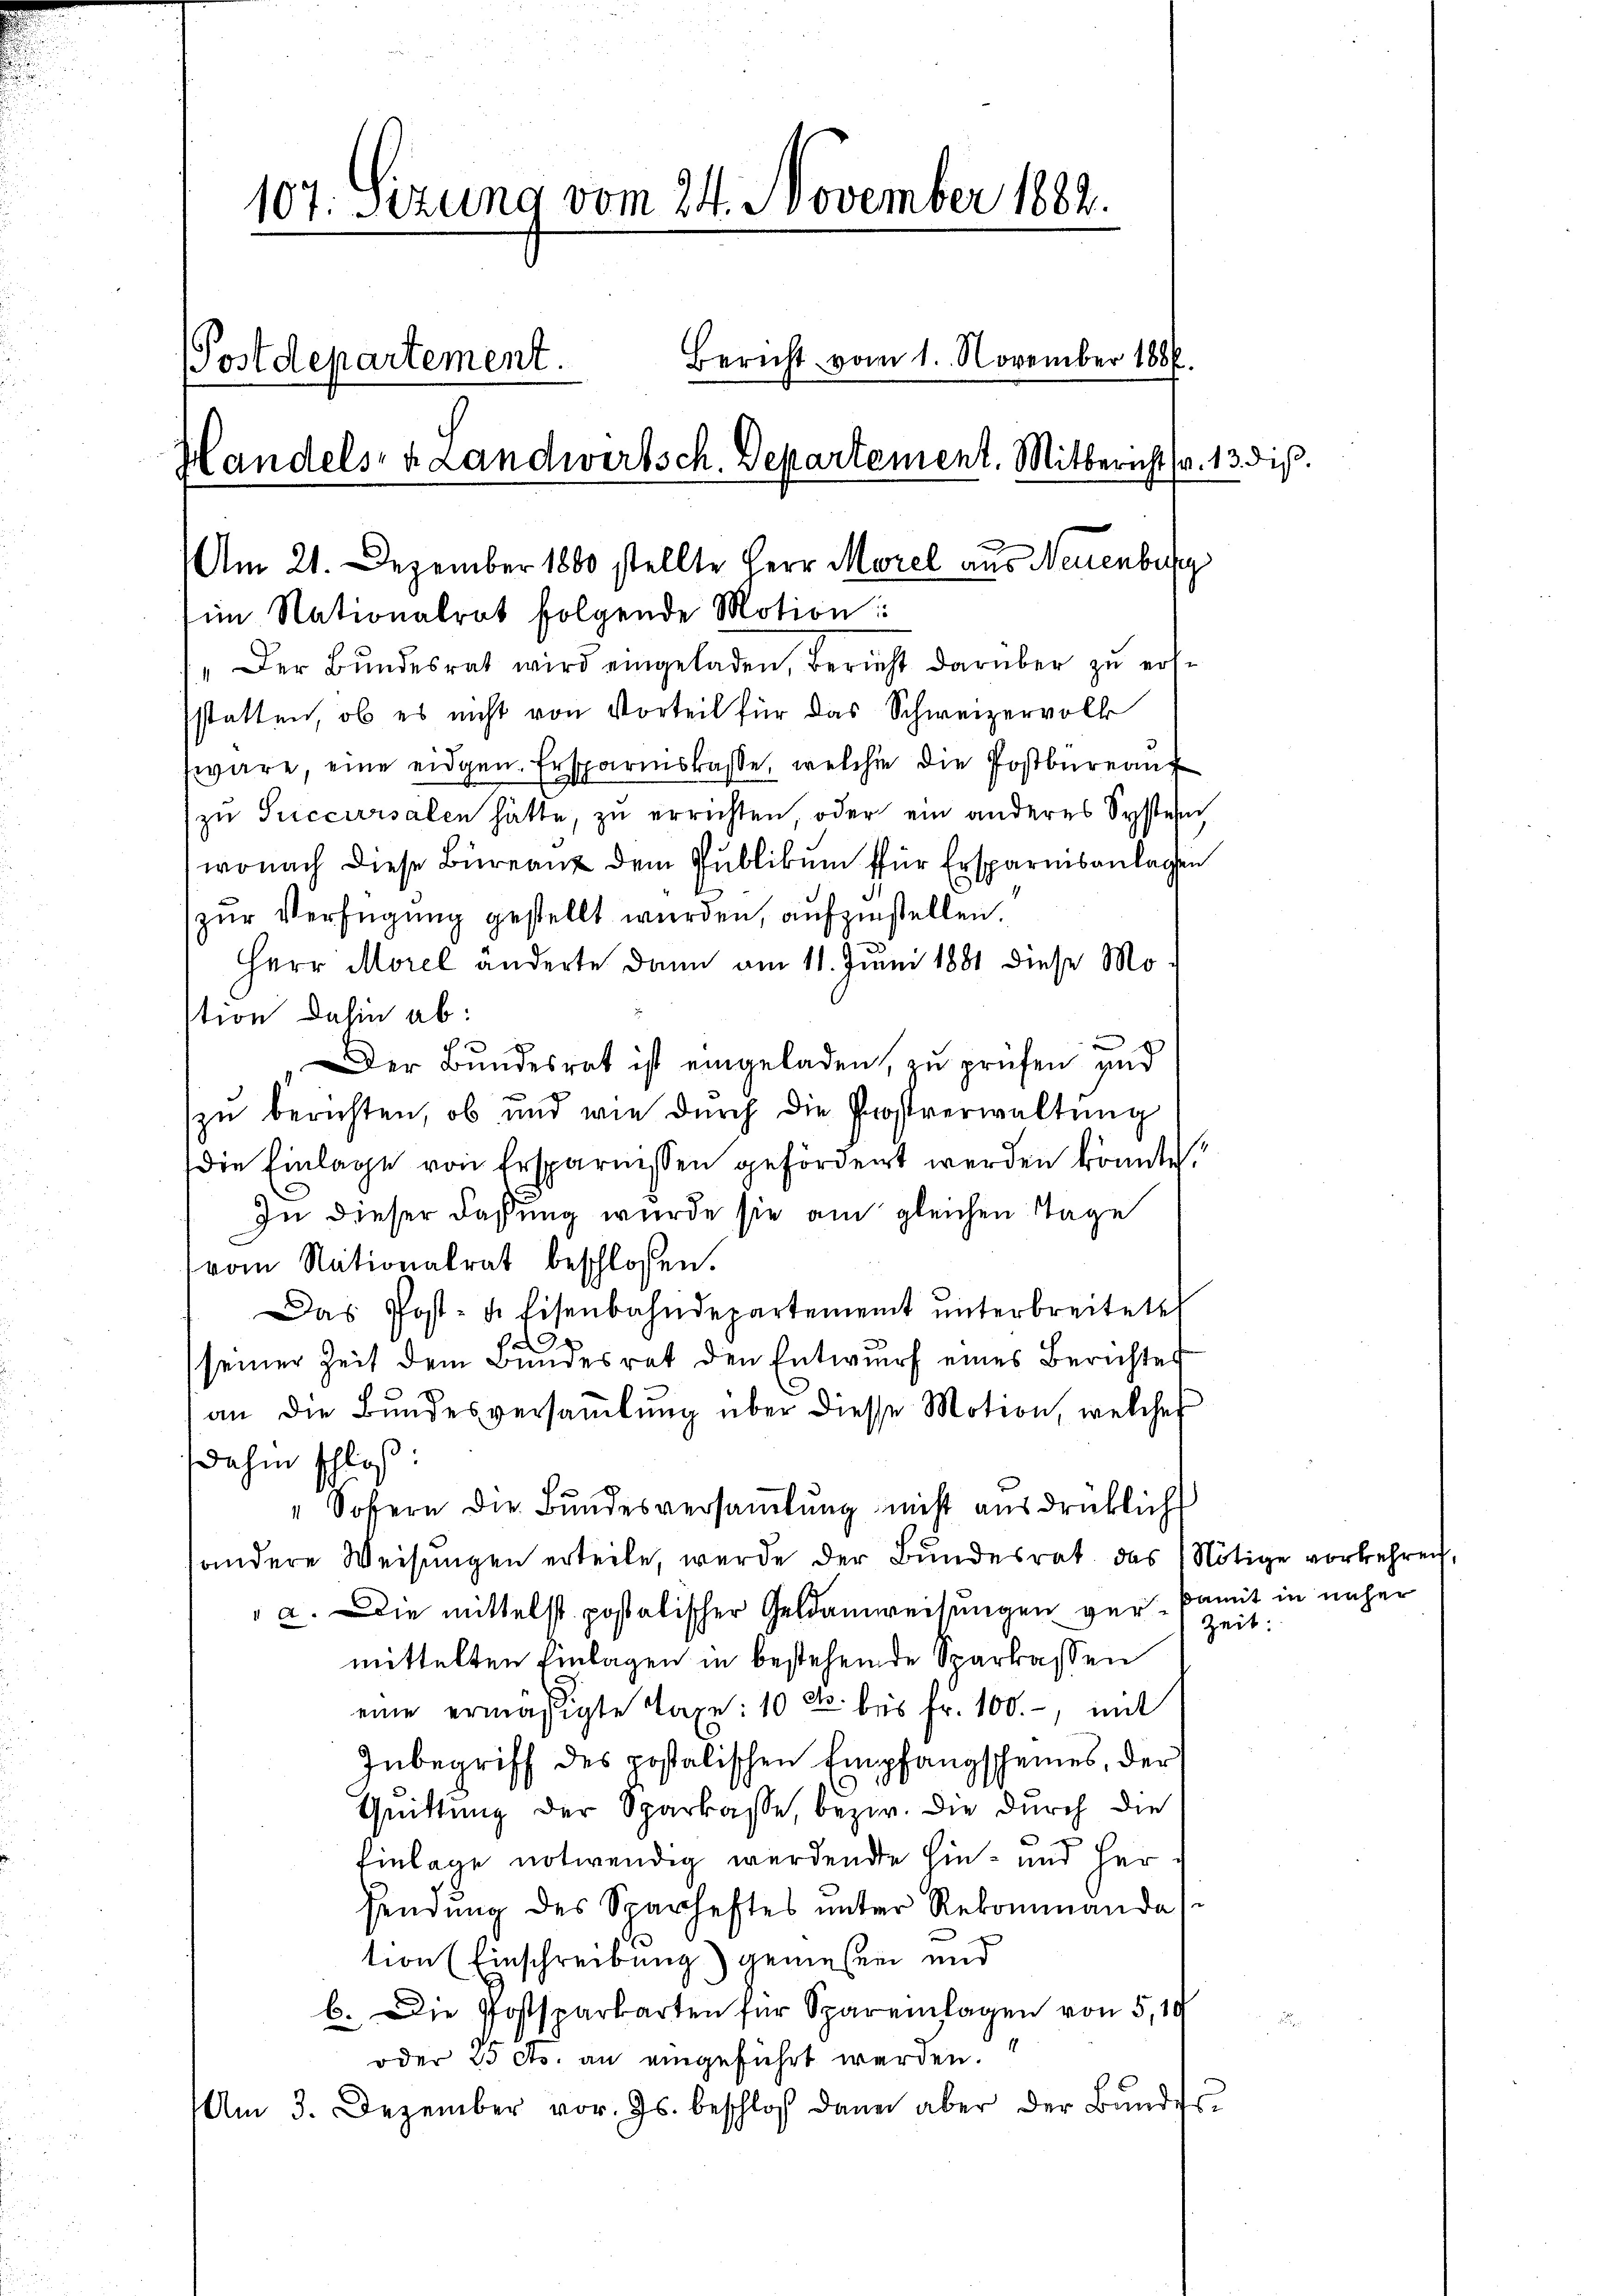
107. Sizung vom 24. November 1882.
Bericht vom 1. November 1886.
Postdepartement.
Handels- u Landwertsch. Departement. Mitbericht (v. 13. diβ.
Am 21. Dezember 1800 stellte Herr Morel aus Neuenburg
im Nationalrat folgende Motion:
" Der Bŭndesrat wird eingeladen, Bericht darüber zŭ erst

sstatten, ob es nicht von Vorteil für das Schweizervolk
wäre, eine eidgen. Ersparskasse, welche die Postbureauf
zu Succursalen hätte, zu errichten, oder ein anderes Systern
wonach diese Büreau dem Publikum für Ersparnisanlagen
zur Verfügung gestellt wurden, aufzustellen.
Herr Morel änderte dann am 11. Juni 1881 diese Motion dahin ab:
e
ch
Der Bundesrat ist eingeladen, zu prüfen und
zu berichten, ob und wie durch die Postverwaltung
(die Einlage von Ersparnissen gefördert werden könnte.
In dieser Faßung wurde sie am gleichen Tage
vom Nationalrat beschlossen.
Das Post- u. Eisenbahndepartement ŭnterbreitete
d
seiner Zeit dem Bundesrat den Entwurf eines Berichtes
an die Bundesversaṁlŭng über diesse Motion, welches
dahin schloß
" Sofern die Bundesversaṁlŭng nicht ausdrücklich
andere Weisungen erteile, wurde der Bundesrat das Nötige vorkehren
 a. Die mittelst postatischer Geldanweisungen ger kamit in näher
mittelten Einlagen in bestehende Sparkassen
eine ermäßigte Taxe: 10 Fr. bis Fr. 100.-, mit
Inbegriff des postolischen Empfangscheines, der
Quittung der Sparkasse, bezw. die durch die
Einlage notwendig werdende hin- und Hersendung des Sparheftes unter Rekommandas
tion (Einschreibung) gemessen und
b. Die Postsparkarten für Spareinlagen von 5,10
oder 25 cts. an eingeführt werden.
Am 3. Dezember vor. Js. beschloß dann aber der Bŭndes-

Zeit: